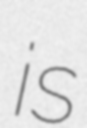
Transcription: is